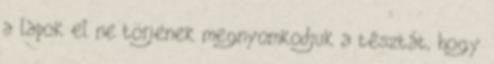
a lapok el ne törjenek megnyomkodjuk a tésztát, hogy